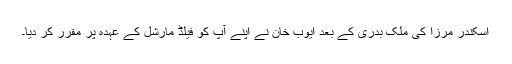
اسکندر مرزا کی ملک بدری کے بعد ایوب خان نے اپنے آپ کو فیلڈ مارشل کے عہدہ پر مقرر کر دیا۔